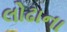
લોઢાના